Burma Government Medical School reports 1923-41
Year: 1923
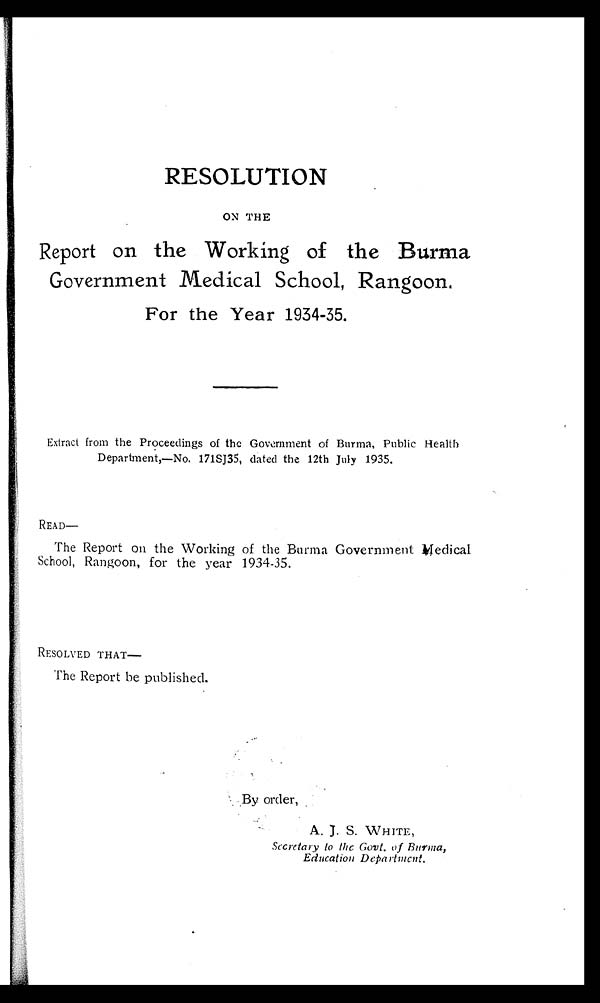
RESOLUTION
ON THE
Report on the Working of the Burma
Government Medical School, Rangoon.
For the Year 1934-35.
Extract from the Proceedings of the Government of Burma, Public Health
Department,—No. 171SJ35, dated the 12th July 1935.
READ—
The Report on the Working of the Burma Government Medical
School, Rangoon, for the year 1934-35.
RESOLVED THAT—
The Report be published.
By order,
A. J. S. WHITE,
Secretary to the Govt. of Burma,
Education Department.